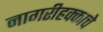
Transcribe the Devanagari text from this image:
नागरीहक्काचे